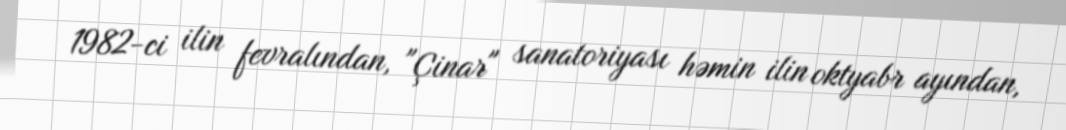
1982-ci ilin fevralından, "Çinar" sanatoriyası həmin ilin oktyabr ayından,